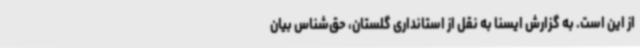
از این است. به گزارش ایسنا به نقل از استانداری گلستان، حق‌شناس بیان